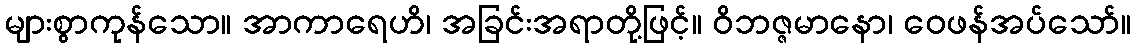
များစွာကုန်သော။ အာကာရေဟိ၊ အခြင်းအရာတို့ဖြင့်။ ဝိဘဇ္ဇမာနော၊ ဝေဖန်အပ်သော်။